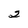
Character: 2